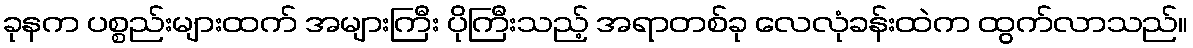
ခုနက ပစ္စည်းများထက် အများကြီး ပိုကြီးသည့် အရာတစ်ခု လေလုံခန်းထဲက ထွက်လာသည်။